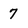
Character: 7